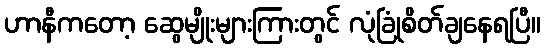
ဟာနီကတော့ ဆွေမျိုးများကြားတွင် လုံခြုံစိတ်ချနေရပြီ။